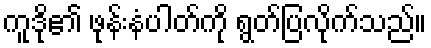
ကူဒို၏ ဖုန်းနံပါတ်ကို ရွတ်ပြလိုက်သည်။